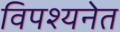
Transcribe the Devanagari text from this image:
विपश्यनेत